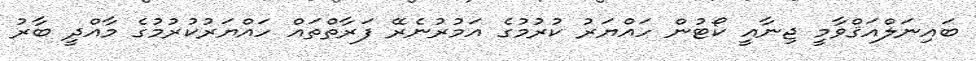
ބައިނަލްއަޤްވާމީ ޖިނާއީ ކޯޓުން ހައްޔަރު ކުރުމުގެ އަމުރުނެރޭ ފަރާތްތައް ހައްޔަރުކުރުމުގެ މާއްދީ ބާރު